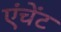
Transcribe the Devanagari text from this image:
एंचेंट